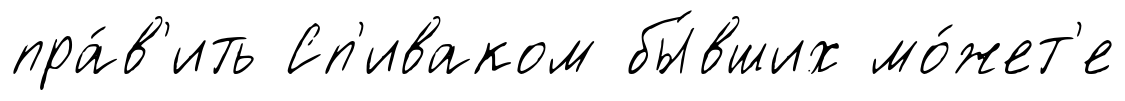
пра́в'ить Сп'иваком бы́вших мо́жет'е